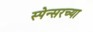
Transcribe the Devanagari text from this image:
स्पेन्सरच्या